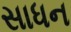
સાધન